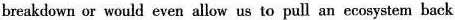
breakdown or would even allow us to pull an eosysten back